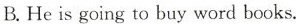
B.He is going to buy word books.